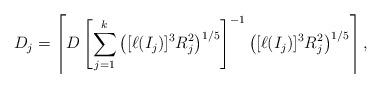
LaTeX: \begin{align*}D_j=\left\lceil D\left[\sum_{j=1}^k\left([\ell(I_j)]^3R_j^2\right)^{1/5}\right]^{-1}\left([\ell(I_j)]^3R_j^2\right)^{1/5}\right\rceil,\end{align*}